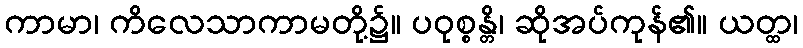
ကာမာ၊ ကိလေသာကာမတို့၌။ ပဝုစ္စန္တိ၊ ဆိုအပ်ကုန်၏။ ယတ္ထ၊